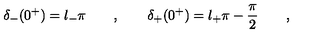
\delta _ { - } ( 0 ^ { + } ) = l _ { - } \pi \qquad , \qquad \delta _ { + } ( 0 ^ { + } ) = l _ { + } \pi - \frac { \pi } { 2 } \qquad ,